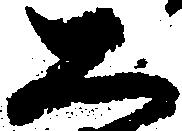
公